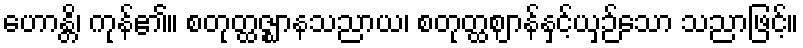
ဟောန္တိ၊ ကုန်၏။ စတုတ္ထဇ္ဈာနသညာယ၊ စတုတ္ထဈာန်နှင့်ယှဉ်သော သညာဖြင့်။